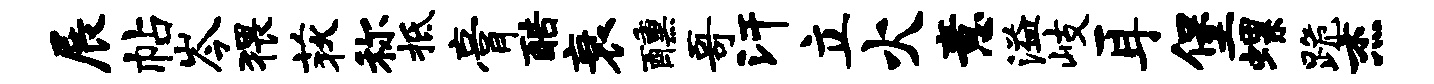
展帖岑猥荻称柢膏酷衰醺哥汗立火意溢岐耳堡螺跪杰